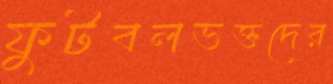
ফুটবলভক্তদের